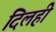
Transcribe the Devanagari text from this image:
दिलही